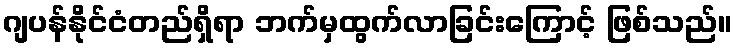
ဂျပန်နိုင်ငံတည်ရှိရာ ဘက်မှထွက်လာခြင်းကြောင့် ဖြစ်သည်။